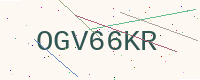
Text: OGV66KR